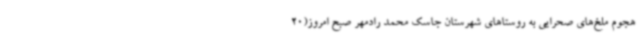
هجوم ملخ‌های صحرایی به روستاهای شهرستان جاسک محمد رادمهر صبح امروز(20